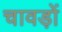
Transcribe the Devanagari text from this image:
चावड़ों